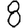
Digit: 8